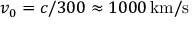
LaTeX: v _ { 0 } = c / 3 0 0 \approx 1 0 0 0 \, { \mathrm { k m / s } }